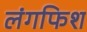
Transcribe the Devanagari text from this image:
लंगफिश